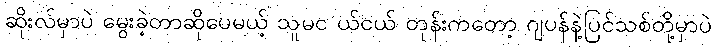
ဆိုးလ်မှာပဲ မွေးခဲ့တာဆိုပေမယ့် သူမင ယ်ငယ် တုန်းကတော့ ဂျပန်နဲ့ပြင်သစ်တို့မှာပဲ